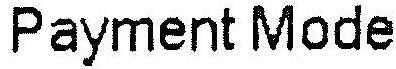
PAYMENT MODE